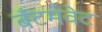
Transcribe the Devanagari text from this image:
बँटमवेट